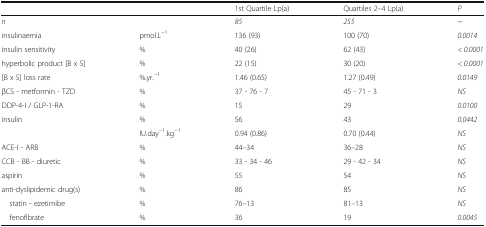
|  |  | 1st Quartile Lp(a) | Quartiles 2–4 Lp(a) | P |
 | --- | --- | --- | --- | --- |
 | n |  | 85 | 255 | ~ |
 | insulinaemia | pmol.L−1 | 136 (93) | 100 (70) | 0.0014 |
 | insulin sensitivity | % | 40 (26) | 62 (43) | < 0.0001 |
 | hyperbolic product [B x S] | % | 22 (15) | 30 (20) | < 0.0001 |
 | [B x S] loss rate | %.yr.−1 | 1.46 (0.65) | 1.27 (0.49) | 0.0149 |
 | βCS - metformin - TZD | % | 37 - 76 - 7 | 45 - 71 - 3 | NS |
 | DDP-4-I / GLP-1-RA | % | 15 | 29 | 0.0100 |
 | insulin | % | 56 | 43 | 0.0442 |
 |  | IU.day−1.kg−1 | 0.94 (0.86) | 0.70 (0.44) | NS |
 | ACE-I - ARB | % | 44–34 | 36–28 | NS |
 | CCB - BB - diuretic | % | 33 - 34 - 46 | 29 - 42 - 34 | NS |
 | aspirin | % | 55 | 54 | NS |
 | anti-dyslipidemic drug(s) | % | 86 | 85 | NS |
 | statin - ezetimibe | % | 76–13 | 81–13 | NS |
 | fenofibrate | % | 36 | 19 | 0.0045 |